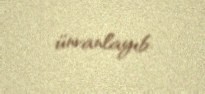
ünvanlayıb.